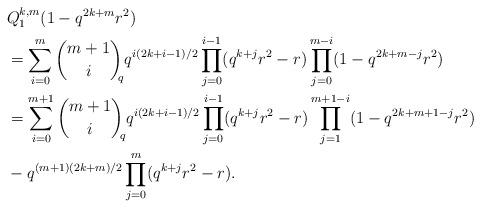
LaTeX: \begin{align*}&Q_1^{k,m}(1-q^{2k+m}r^2)\\&=\sum_{i=0}^{m}{{m+1}\choose {i}}_{\!\!q}q^{i(2k+i-1)/2} \prod_{j=0}^{i-1}(q^{k+j}r^2-r) \prod_{j=0}^{m-i}(1-q^{2k+m-j}r^2)\\&=\sum_{i=0}^{m+1}{{m+1}\choose {i}}_{\!\!q}q^{i(2k+i-1)/2} \prod_{j=0}^{i-1}(q^{k+j}r^2-r) \prod_{j=1}^{m+1-i}(1-q^{2k+m+1-j}r^2)\\ &-q^{(m+1)(2k+m)/2}\prod_{j=0}^{m}(q^{k+j}r^2-r).\end{align*}